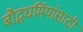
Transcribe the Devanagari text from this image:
बौद्धधर्मियांसाठी